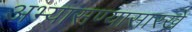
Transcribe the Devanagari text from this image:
अभ्यासण्यासारखे